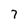
Character: 7